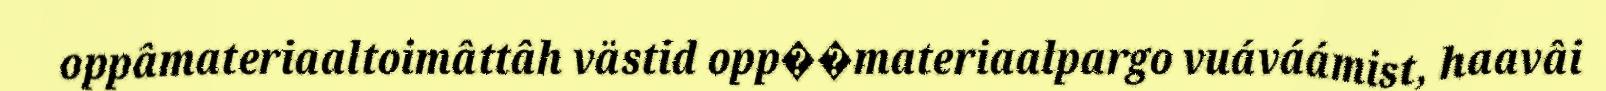
oppâmateriaaltoimâttâh västid opp��materiaalpargo vuáváámist, haavâi